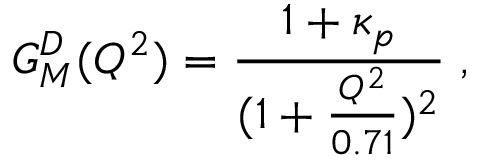
G _ { M } ^ { D } ( Q ^ { 2 } ) = \frac { 1 + \kappa _ { p } } { ( 1 + \frac { Q ^ { 2 } } { 0 . 7 1 } ) ^ { 2 } } \; ,